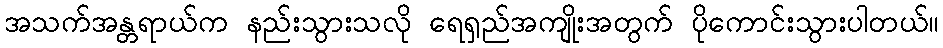
အသက်အန္တရာယ်က နည်းသွားသလို ရေရှည်အကျိုးအတွက် ပိုကောင်းသွားပါတယ်။